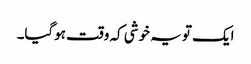
ایک تو یہ خوشی کہ وقت ہوگیا۔